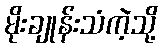
မိုးချုန်းသံကဲ့သို့